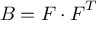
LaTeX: { \boldsymbol { B } } = { \boldsymbol { F } } \cdot { \boldsymbol { F } } ^ { T }